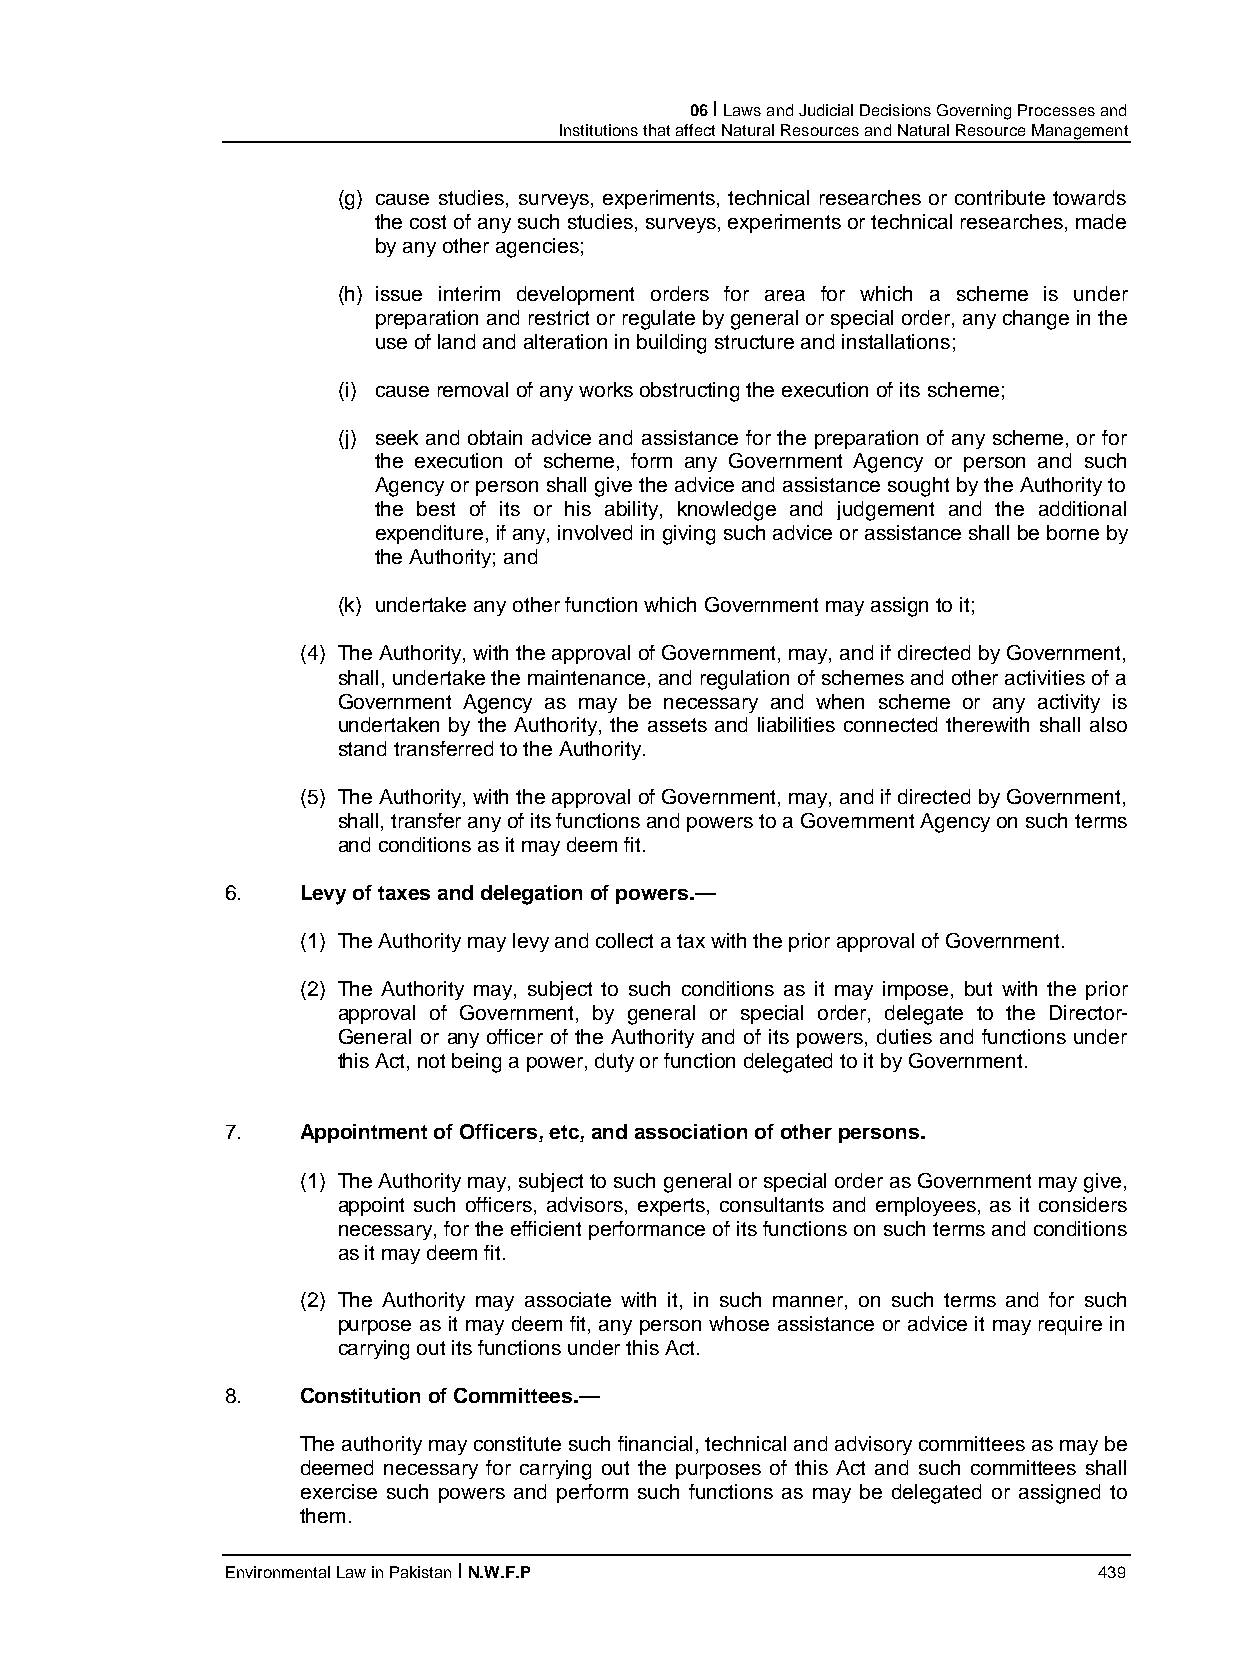
06 I Laws and Judicial Decisions Governing Processes and
 Institutions that affect Natural Resources and Natural Resource Management
 (g) cause studies, surveys, experiments, technical researches or contribute towards
 the cost of any such studies, surveys, experiments or technical researches, made
 by any other agencies;
 (h) issue interim development orders for area for which a scheme is under
 preparation and restrict or regulate by general or special order, any change in the
 use of land and alteration in building structure and installations;
 (i) cause removal of any works obstructing the execution of its scheme;
 (j) seek and obtain advice and assistance for the preparation of any scheme, or for
 the execution of scheme, form any Government Agency or person and such
 Agency or person shall give the advice and assistance sought by the Authority to
 the best of its or his ability, knowledge and judgement and the additional
 expenditure, if any, involved in giving such advice or assistance shall be borne by
 the Authority; and
 (k) undertake any other function which Government may assign to it;
 (4) The Authority, with the approval of Government, may, and if directed by Government,
 shall, undertake the maintenance, and regulation of schemes and other activities of a
 Government Agency as may be necessary and when scheme or any activity is
 undertaken by the Authority, the assets and liabilities connected therewith shall also
 stand transferred to the Authority.
 (5) The Authority, with the approval of Government, may, and if directed by Government,
 shall, transfer any of its functions and powers to a Government Agency on such terms
 and conditions as it may deem fit.
 6.   Levy of taxes and delegation of powers.—
 (1) The Authority may levy and collect a tax with the prior approval of Government.
 (2) The Authority may, subject to such conditions as it may impose, but with the prior
 approval of Government, by general or special order, delegate to the Director-
 General or any officer of the Authority and of its powers, duties and functions under
 this Act, not being a power, duty or function delegated to it by Government.
 7.   Appointment of Officers, etc, and association of other persons.
 (1) The Authority may, subject to such general or special order as Government may give,
 appoint such officers, advisors, experts, consultants and employees, as it considers
 necessary, for the efficient performance of its functions on such terms and conditions
 as it may deem fit.
 (2) The Authority may associate with it, in such manner, on such terms and for such
 purpose as it may deem fit, any person whose assistance or advice it may require in
 carrying out its functions under this Act.
 8.   Constitution of Committees.—
 The authority may constitute such financial, technical and advisory committees as may be
 deemed necessary for carrying out the purposes of this Act and such committees shall
 exercise such powers and perform such functions as may be delegated or assigned to
 them.
 Environmental Law in Pakistan I N.W.F.P                   439